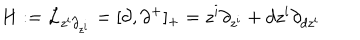
H : = { \cal L } _ { z ^ { i } \partial _ { z ^ { i } } } = [ \partial , \partial ^ { + } ] _ { + } = z ^ { i } \partial _ { z ^ { i } } + d z ^ { i } \partial _ { d z ^ { i } }